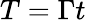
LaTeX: T=\Gamma t